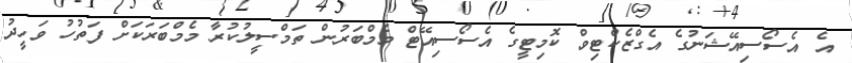
އެ އެސޯސިއޭޝަނުގެ އެގްޒެކްޓިވް ކޮމިޓީގެ އެސޯސިއޭޓް މެމްބަރުން ތަމްސީލުކުރާ މެމްބަރަކަށް ފަތުހު ވަހީދު